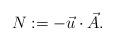
LaTeX: \begin{align*} N:=-\vec u\cdot \vec A.\end{align*}